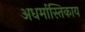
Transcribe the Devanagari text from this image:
अधर्मास्तिकाय